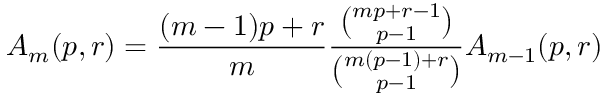
A _ { m } ( p , r ) = { \frac { ( m - 1 ) p + r } { m } } { \frac { \binom { m p + r - 1 } { p - 1 } } { \binom { m ( p - 1 ) + r } { p - 1 } } } A _ { m - 1 } ( p , r )